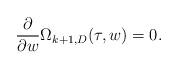
LaTeX: \begin{align*}\frac{\partial}{\partial w}\Omega_{k+1,D}(\tau,w) = 0.\end{align*}